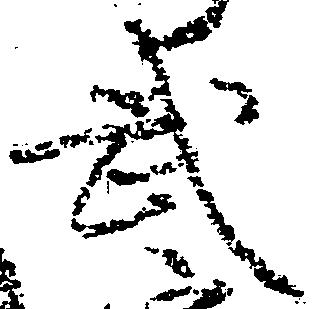
武